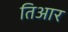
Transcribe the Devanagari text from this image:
तिआर